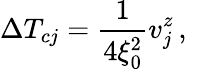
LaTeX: \Delta T_{cj}=\frac{1}{4\xi_{0}^{2}}v_{j}^{z}\, ,\